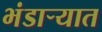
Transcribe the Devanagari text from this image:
भंडाऱ्यात